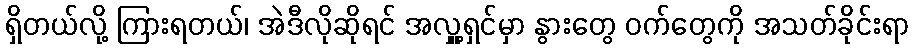
ရှိတယ်လို့ ကြားရတယ်၊ အဲဒီလိုဆိုရင် အလှူ့ရှင်မှာ နွားတွေ ဝက်တွေကို အသတ်ခိုင်းရာ